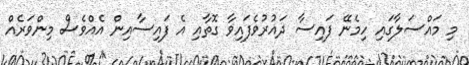
މި މައްސަލާގައި ހިމެނޭ ފައިސާ ދައުރުވެފައިވާ ގޮތާއި އެ ފައިސާއިން އެއްވެސް މިންވަރެއް